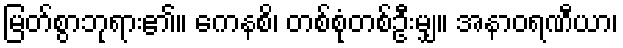
မြတ်စွာဘုရား၏။ ကေနစိ၊ တစ်စုံတစ်ဦးမျှ။ အနာဝရဏီယာ၊